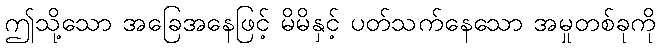
ဤသို့သော အခြေအနေဖြင့် မိမိနှင့် ပတ်သက်နေသော အမှုတစ်ခုကို